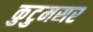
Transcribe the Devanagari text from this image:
कुटुमसर